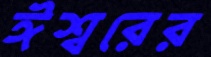
ঈশ্বরের